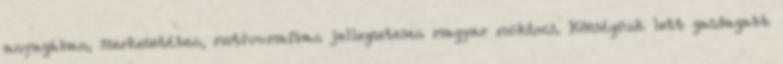
anyagában, szerkezetében, motívumaiban jellegzetesen magyar mûkincs. Községünk lett gazdagabb